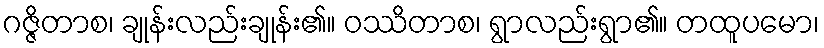
ဂဇ္ဇိတာစ၊ ချုန်းလည်းချုန်း၏။ ဝဿိတာစ၊ ရွာလည်းရွာ၏။ တထူပမော၊